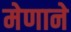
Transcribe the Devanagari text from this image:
मेणाने